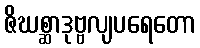
ဇိဃစ္ဆာဒုဗ္ဗလျပရေတော